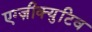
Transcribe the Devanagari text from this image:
एग्ज़ीक्युटिव